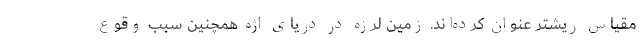
مقیاس ریشتر عنوان کرده‌اند. زمین لرزه در دریای اژه همچنین سبب وقوع